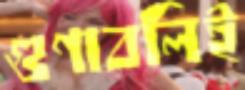
গুণাবলিই